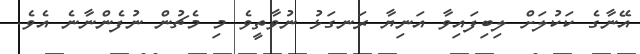
އޭނާގެ ކަކުލަށް ލިބިފައިވާ އަނިޔާ ރަނގަޅު ނުވާތީވެ މި މެޗުން ނުފެންނާނެ އެވެ.